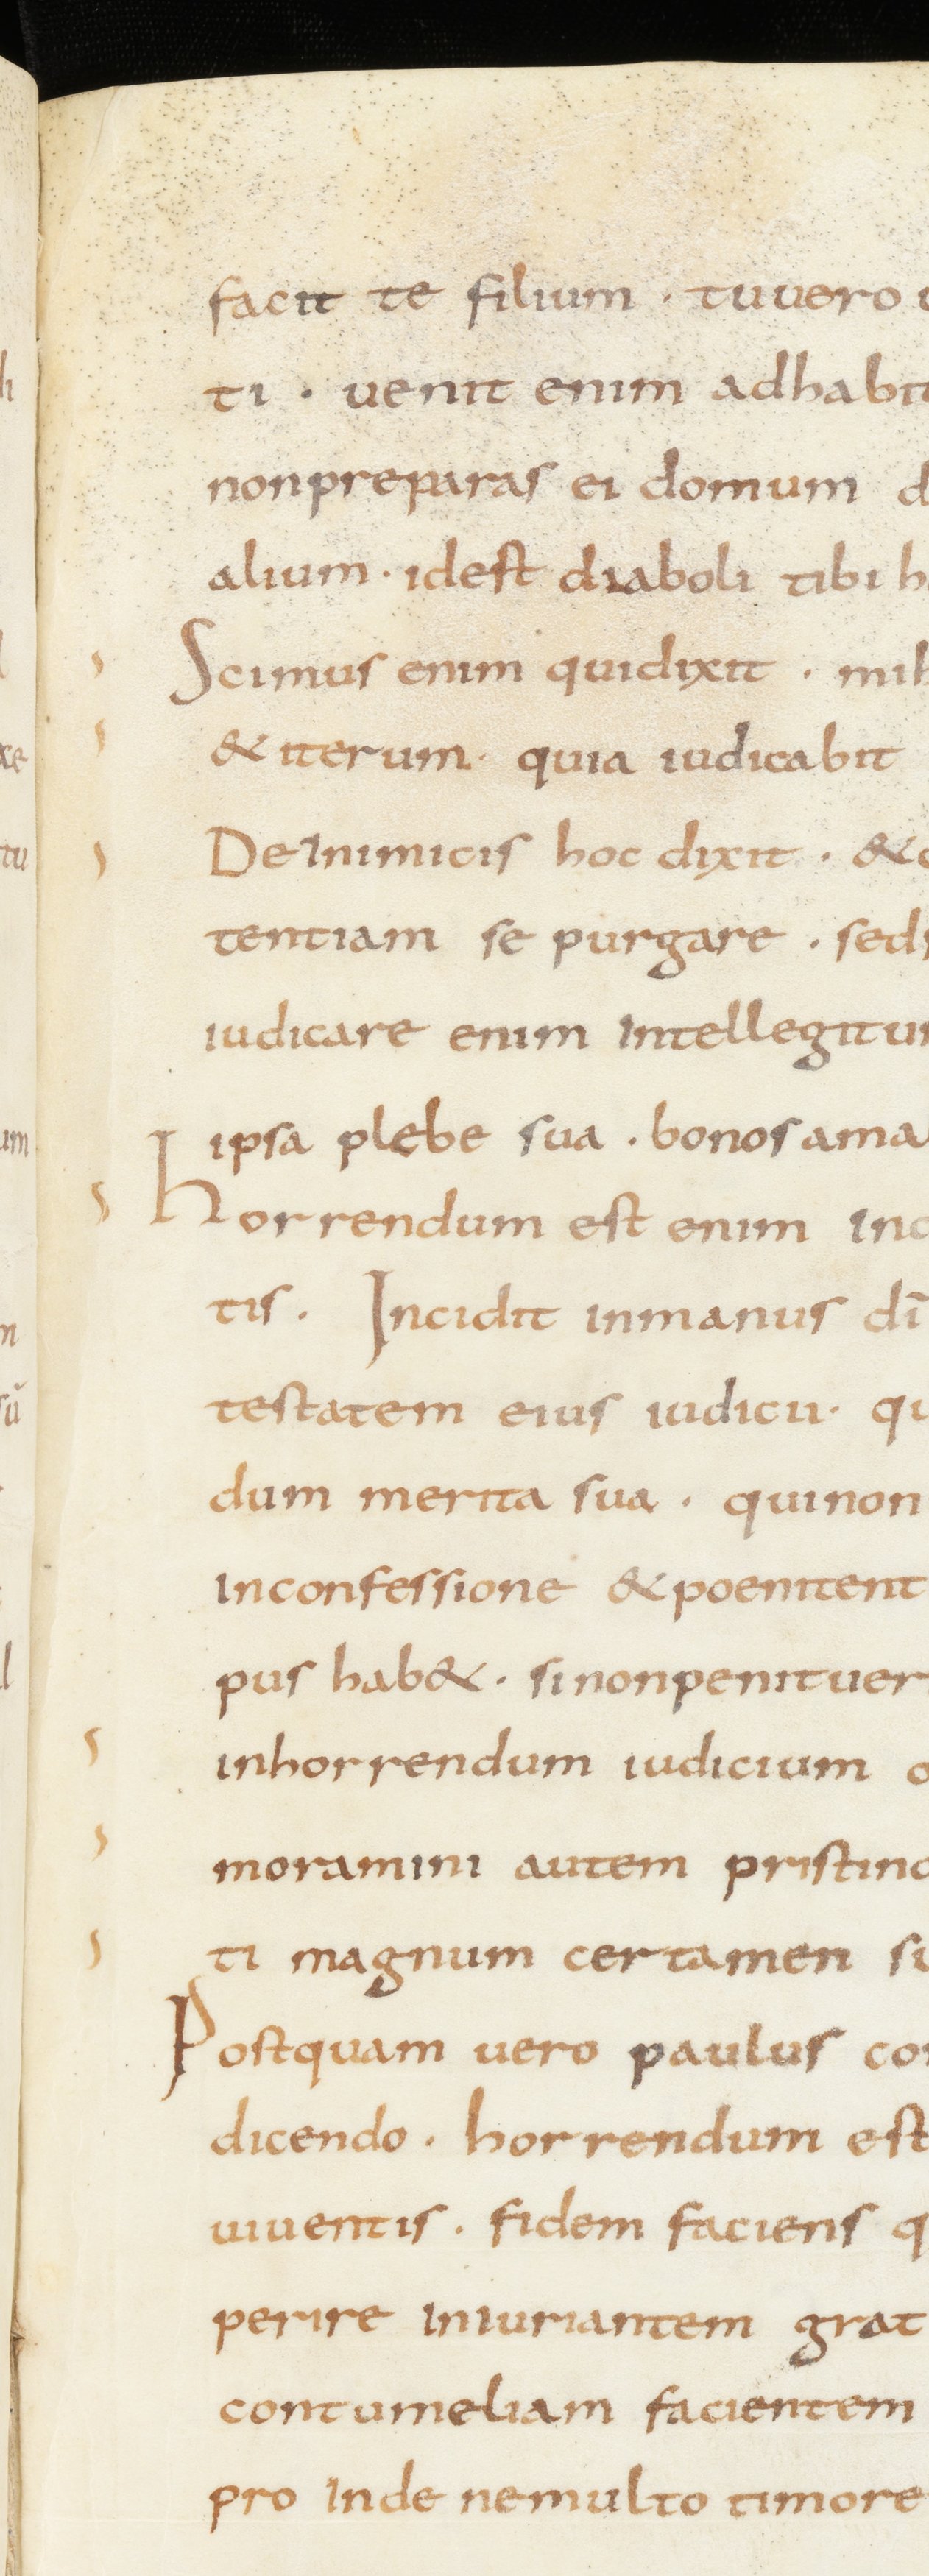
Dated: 800–849